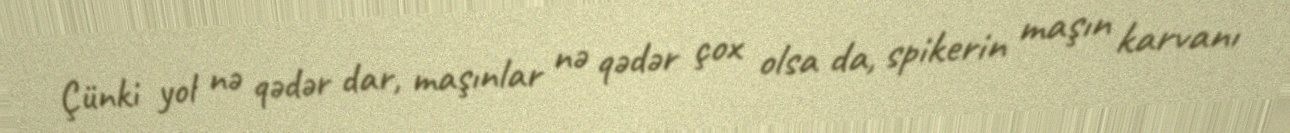
Çünki yol nə qədər dar, maşınlar nə qədər çox olsa da, spikerin maşın karvanı